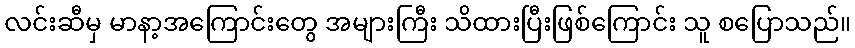
လင်းဆီမှ မာနာ့အကြောင်းတွေ အများကြီး သိထားပြီးဖြစ်ကြောင်း သူ စပြောသည်။